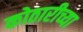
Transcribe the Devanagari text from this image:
कोठारीच्या